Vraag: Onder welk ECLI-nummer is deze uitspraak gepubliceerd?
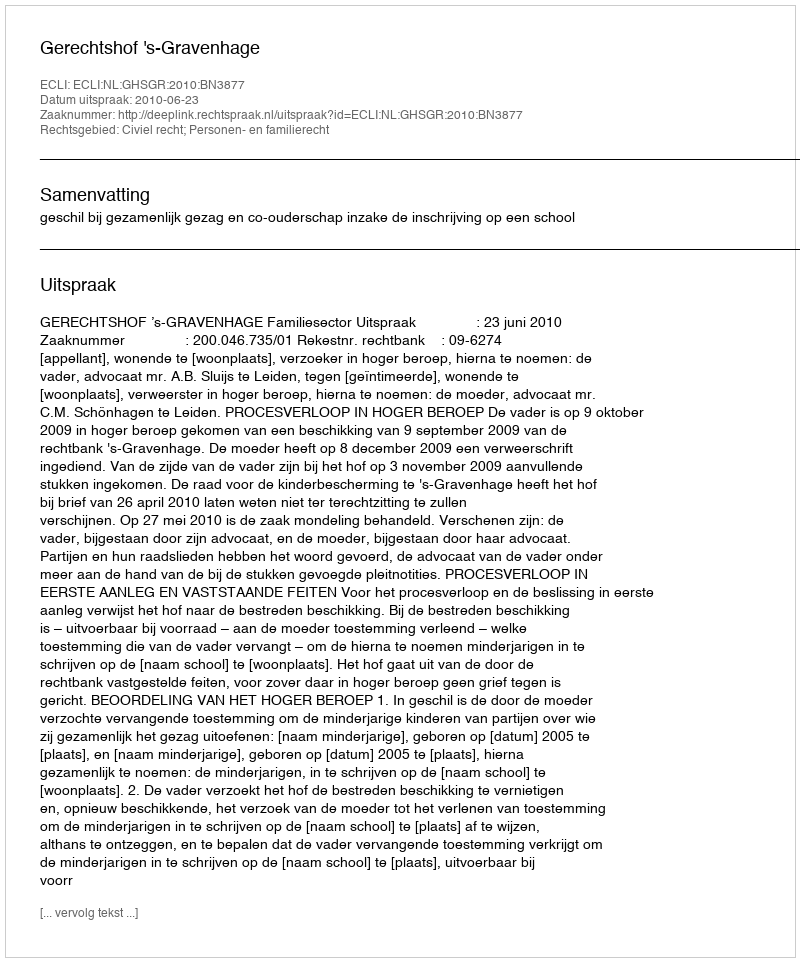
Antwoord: ECLI:NL:GHSGR:2010:BN3877